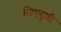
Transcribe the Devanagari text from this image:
जिएदुशी